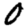
Digit: 0